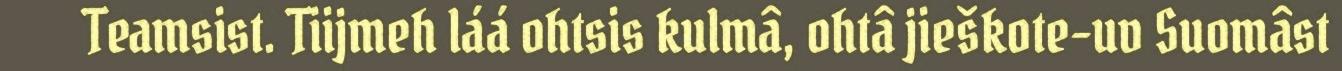
Teamsist. Tiijmeh láá ohtsis kulmâ, ohtâ jieškote-uv Suomâst